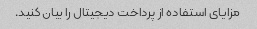
مزایای استفاده از پرداخت دیجیتال را بیان کنید.